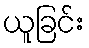
ယူခြင်း